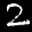
Label: 2